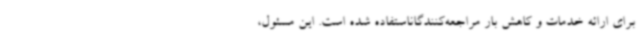
برای ارائه خدمات و کاهش بار مراجعه‌کنندگاناستفاده شده است. این مسئول،